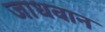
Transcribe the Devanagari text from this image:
जाधवान